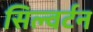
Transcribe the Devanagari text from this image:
सिल्वर्टन